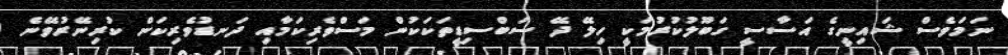
ނަމަވެސް ޝައިނީގެ އަސާސީ ގަބޫލުކުރުމަކީ ހިލޭ ދޭ ސަބްސިޑީތަކަކުން މަސްވެރިކަމާއި ދަނޑުވެރިކަން ކުރިނޭރުވޭނެ